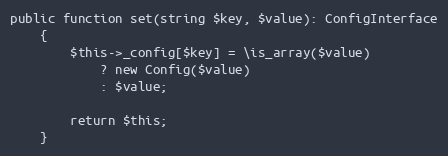
Language: PHP
public function set(string $key, $value): ConfigInterface
    {
        $this->_config[$key] = \is_array($value)
            ? new Config($value)
            : $value;

        return $this;
    }